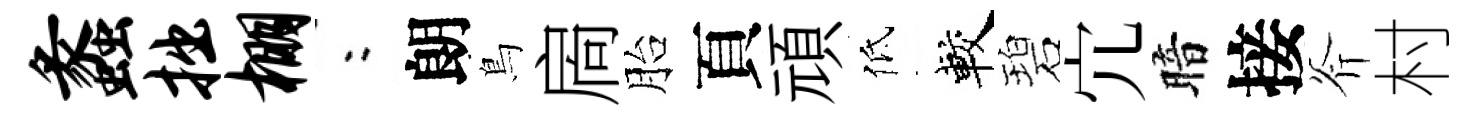
蠡拙棚欸朗鳥扄胎頁頑低較碧宂暗接斧村